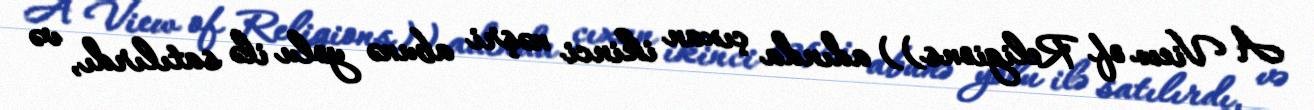
A View of Religions)) adında çıxan ikinci nəşri abunə yolu ilə satılırdı, və